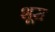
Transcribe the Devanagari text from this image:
शूस